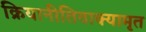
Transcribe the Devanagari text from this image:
क्रियानीतिवाक्यामृत